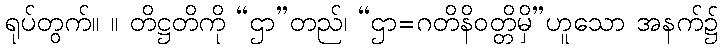
ရုပ်တွက်။ ။ တိဋ္ဌတိကို “ဌာ”တည်၊ “ဌာ=ဂတိနိဝတ္တိမှိ”ဟူသော အနက်၌